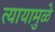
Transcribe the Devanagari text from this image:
त्यायामुळे